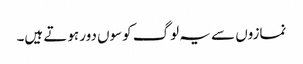
نمازوں سے یہ لوگ کوسوں دور ہوتے ہیں۔